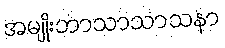
အမျိုးဘာသာသာသနာ